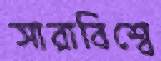
সারাবিশ্বে